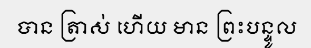
បាន ត្រាស់ ហើយ មាន ព្រះបន្ទូល